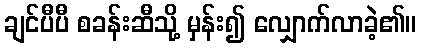
ချင်ပီပီ စခန်းဆီသို့ မှန်း၍ လျှောက်လာခဲ့၏။